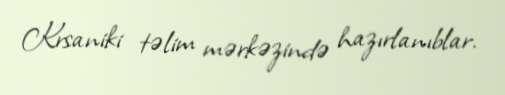
Krsaniki təlim mərkəzində hazırlanıblar.